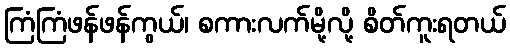
ကြံကြံဖန်ဖန်ကွယ်၊ စကားလက်မို့လို့ စိတ်ကူးရတယ်